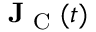
\mathbf { J } _ { \textrm { C } } ( t )